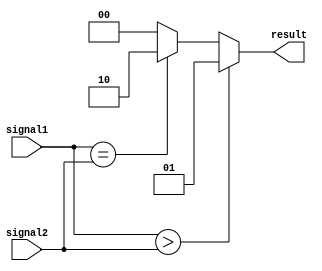
module Comparator (
    input [7:0] signal1,
    input [7:0] signal2,
    output [1:0] result
);

    always @(*) begin
        if (signal1 > signal2) begin
            result = 2'b01; // signal1 is greater than signal2
        end else if (signal1 == signal2) begin
            result = 2'b10; // signal1 is equal to signal2
        end else begin
            result = 2'b00; // signal1 is less than signal2
        end
    end

endmodule